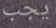
يجب